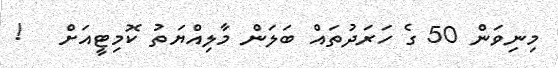
މިނިވަން 50 ގެ ހަރަދުތައް ބަލަން މާލިއްޔަތު ކޮމިޓީއަށް   !